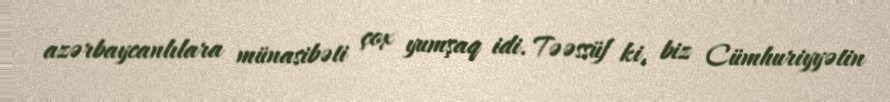
azərbaycanlılara münasibəti çox yumşaq idi. Təəssüf ki, biz Cümhuriyyətin